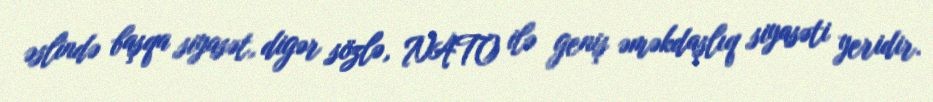
əslində başqa siyasət, digər sözlə, NATO ilə geniş əməkdaşlıq siyasəti yeridir.